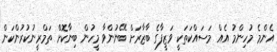
އެންމެ މުހިންމު އެއް މަސައްކަތަކީ ވަޒީފާގެ ބާޒާރަށް ބޭނުންވާ މީހުން ބިނާކޮށް ތަމްރީނުކުރުންކަން